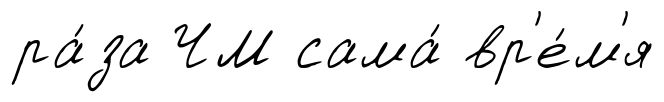
ра́за ЧМ сама́ вр'е́м'я